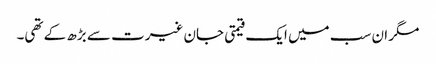
مگر ان سب میں ایک قیمتی جان غیرت سے بڑھ کے تھی۔